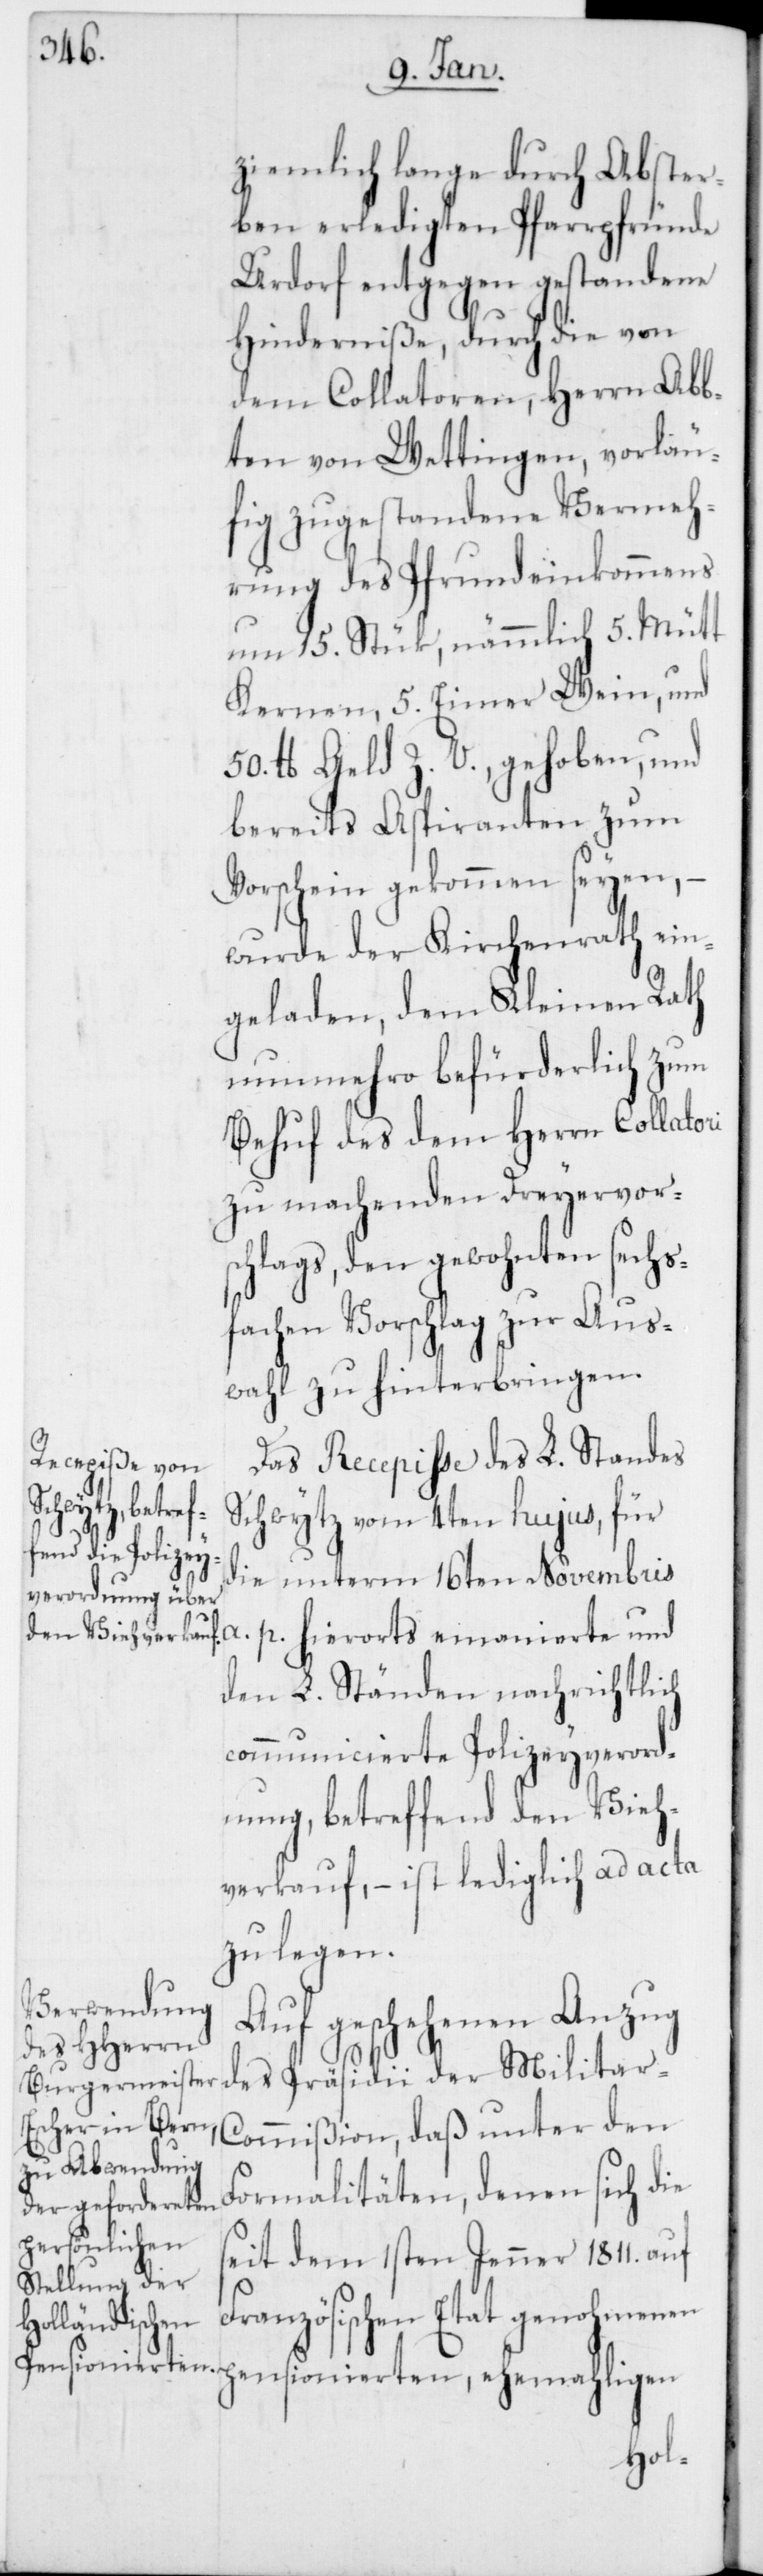
ziemlich lange durch Abster¬
ben erledigten Pfarrpfründe
Urdorf entgegen gestandene
Hinderniße, durch die von
dem Collatoren, Herrn Abb¬
ten von Wettingen, vorläu¬
fig zugestandene Vermeh¬
rung des Pfrundeinkommens
um 15. Stük, nämmlich 5. Mütt
Kernen, 5. Eimer Wein, und
50. lb. Geld Z. V. gehoben, und
bereits Aspiranten zum
Vorschein gekommen seyen,
wurde der Kirchenrath ein¬
geladen, dem Kleinen Rath
nunmehro befürderlich zum
Behuf des dem Herrn Collatori
zu machenden Dreyervor¬
schlags, den gewohnten sechs¬
fachen Vorschlag zur Aus¬
wahl zu hinterbringen.
Das Recepiße des L. Standes
Schwytz vom 4ten hujus, für
die unterm 16ten Novembris
a. p. hierorts emanierte und
den L. Ständen nachrichtlich
communicierte Polizeyverord¬
nung, betreffend den Vieh¬
verkauf, – ist lediglich ad acta
zu legen.
Auf geschehenen Anzug
des Präsidii der Militar-C¬
ommißion, daß unter den
Formalitäten, denen sich die
seit dem 1sten Jenner 1811. auf
Französischen Etat genohmenen
pensionierten, ehemaligen